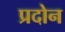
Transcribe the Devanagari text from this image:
प्रदोन